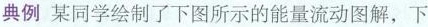
典例 某同学绘制了下图所示的能量流动图解，下